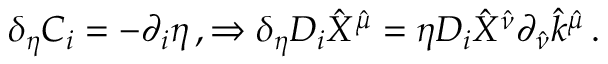
\delta _ { \eta } C _ { i } = - \partial _ { i } \eta \, , \Rightarrow \delta _ { \eta } D _ { i } \hat { X } ^ { \hat { \mu } } = \eta D _ { i } \hat { X } ^ { \hat { \nu } } \partial _ { \hat { \nu } } \hat { k } ^ { \hat { \mu } } \, .